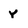
Character: y